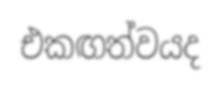
එකඟත්වයද